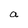
Character: a